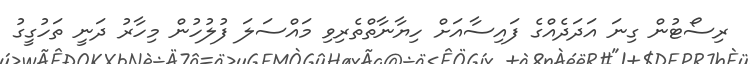
ރިސޯޓުން ގިނަ އަދަދެއްގެ ފައިސާއަށް ހިޔާނާތްތެރިވި މައްސަލަ ފުލުހުން މިހާރު ދަނީ ތަހުގީގު